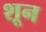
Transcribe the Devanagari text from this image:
शून